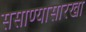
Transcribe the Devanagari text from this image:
ससाण्यासारखा